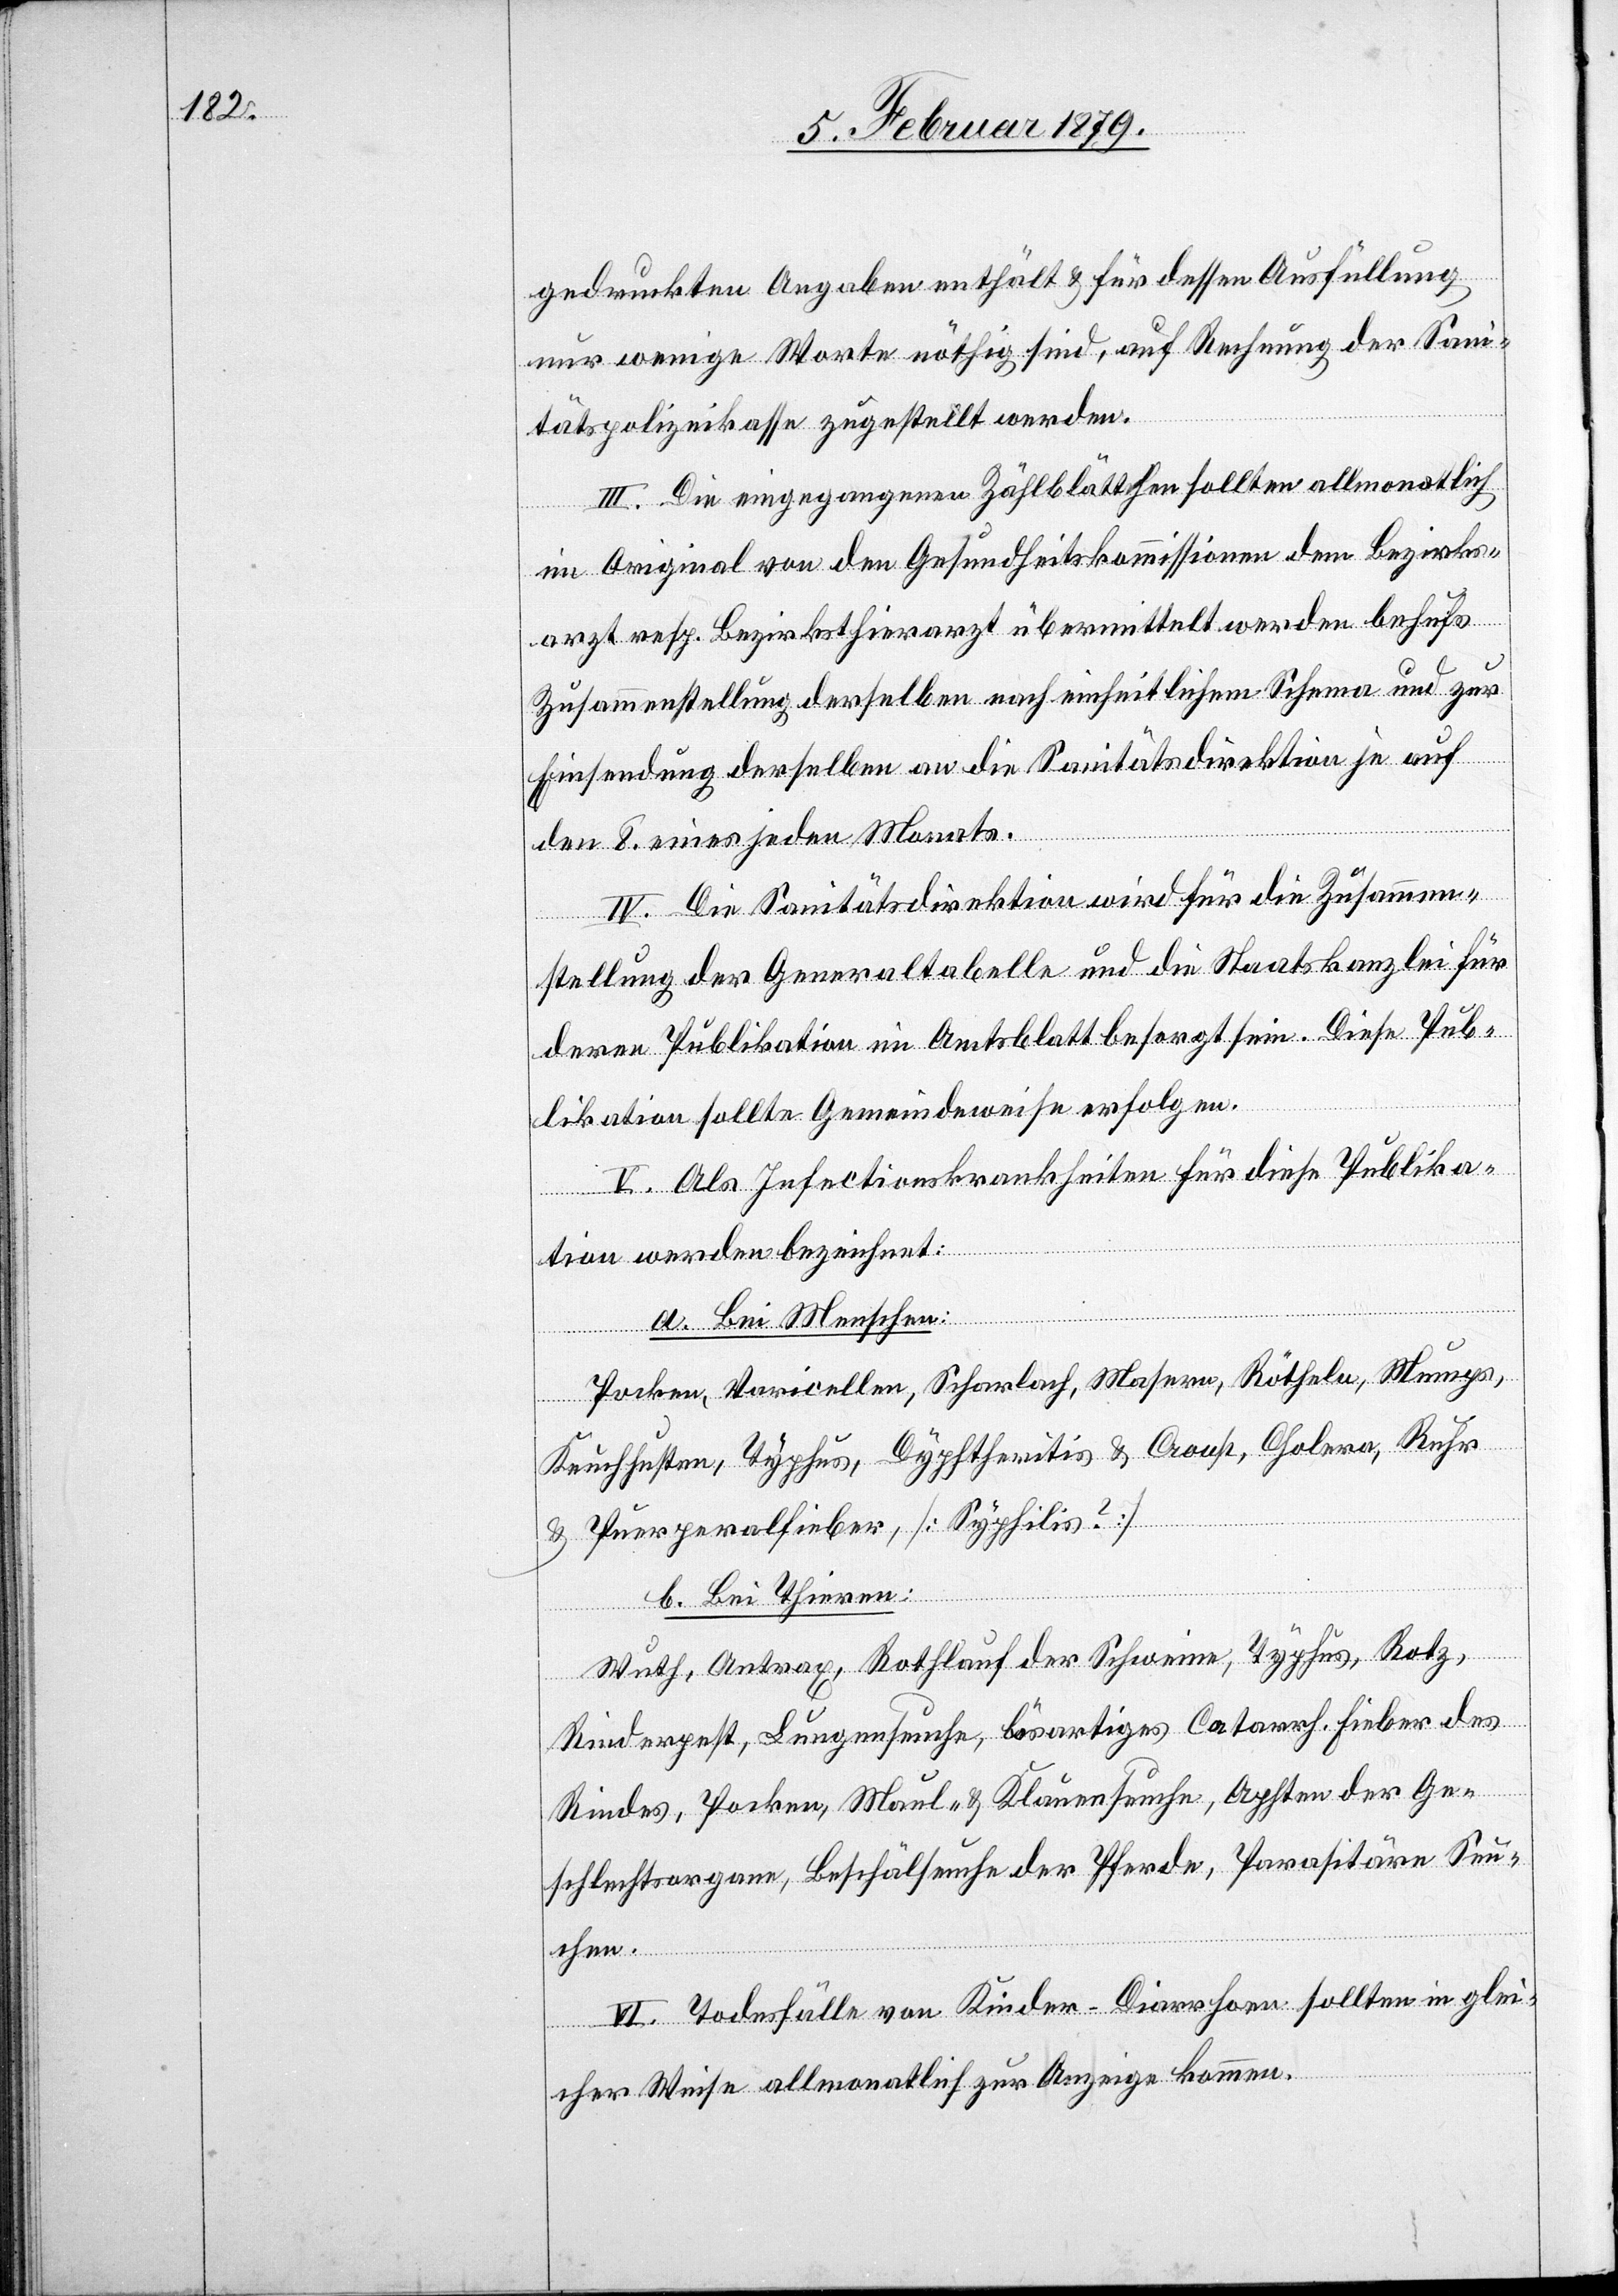
gedruckten Angaben enthält & für dessen Ausfüllung
nur wenige Worte nöthig sind, auf Rechnung der Sani¬
tätspolizeikasse zugestellt werden.
III. Die eingegangenen Zählblättchen sollten allmonatlich
im Original von den Gesundheitskommissionen dem Bezirks¬
arzt resp. Bezirksthierarzt übermittelt werden behufs
Zusammenstellung derselben nach einheitlichem Schema und zur
Einsendung derselben an die Sanitätsdirektion je auf
den 8. eines jeden Monats.
IV. Die Sanitätsdirektion wird für die Zusammen¬
stellung der Generaltabelle und die Staatskanzlei für
deren Publikation im Amtsblatte besorgt sein. Diese Pub¬
likation sollte Gemeindeweise erfolgen.
V. Als Infectionskrankheiten für diese Publika¬
tion werden bezeichnet:
a. Bei Menschen:
Pocken, Varicellen, Scharlach, Masern, Rötheln, Mumps,
Keuchhusten, Typhus, Dyphtheritis & Croup, Cholera, Ruhr
& Puerperalfieber, [Syphilis?]
b. Bei Thieren:
Wuth, Antrax, Rothlauf der Schweine, Typhus, Rotz,
Rinderpest, Lungenseuche, bösartiges Catarrh, Fieber des
Rindes, Pocken, Maul- & Klauenseuche, Aphten der Ge¬
schlechtsorgane, Beschälseuche der Pferde, Parasitäre Seu¬
chen.
VI. Todesfälle von Kinder-Diarrhoen sollten in glei¬
cher Weise allmonatlich zur Anzeige kommen.